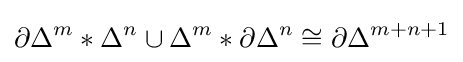
\partial \Delta ^{m}*\Delta ^{n}\cup \Delta ^{m}*\partial \Delta ^{n}\cong \partial \Delta ^{m+n+1}